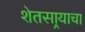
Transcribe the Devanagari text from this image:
शेतसार्‍याचा